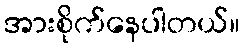
အားစိုက်နေပါတယ်။